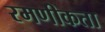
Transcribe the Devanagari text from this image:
रमणीकता